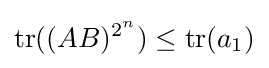
\operatorname {tr} ((AB)^{2^{n}})\leq \operatorname {tr} (a_{1})